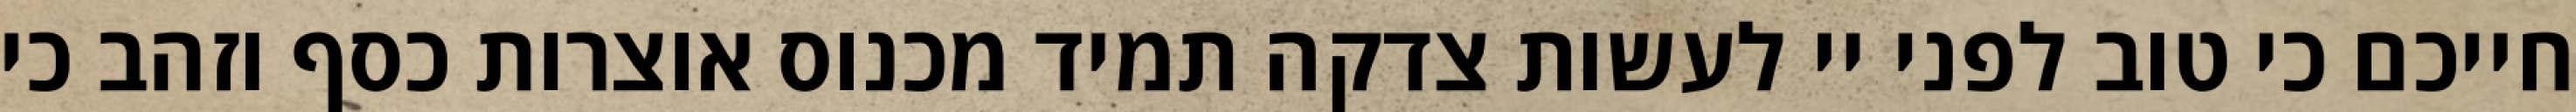
חייכם כי טוב לפני יי לעשות צדקה תמיד מכנוס אוצרות כסף וזהב כי